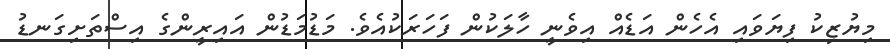
މިޔުޒިކު ފިޔަވައި އެހެން އަޑެއް އިވެނީ ހާލަކުން ފަހަރަކުއެވެ. މަޑުމަޑުން އައިރީންގެ އިސްތަށިގަނޑު